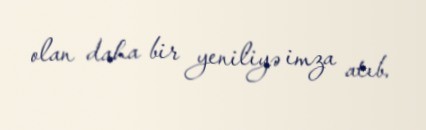
olan daha bir yeniliyə imza atıb.